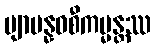
ဗျာပန္နဝစီကမ္မန္တဿ